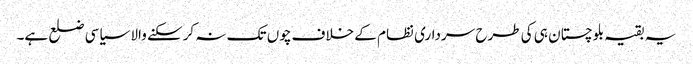
یہ بقیہ بلوچستان ہی کی طرح سرداری نظام کے خلاف چوں تک نہ کرسکنے والا سیاسی ضلع ہے۔